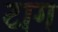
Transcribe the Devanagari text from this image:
टाग